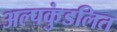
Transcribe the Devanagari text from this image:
अल्पकुंडलित